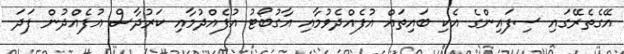
އޭގެތެރޭގައި ސިފައިންގެ އެކި ބައިތައް އުފެއްދެވުމާއި އާގުބޯޓު އުފެއްދުމާއި ކަރުދާސް އުފެއްދުން ފަދަ